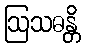
ဩသဓန္တိ